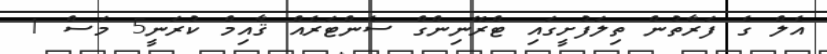
އެލް ގެ ފަރާތުން ތިލަފުށީގައި ޓްރޭނިންގް ސެންޓަރެއް ޤާއިމް ކުރަނީ5 މަސް 1